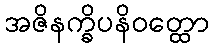
အဇိနက္ခိပနိဝတ္ထော